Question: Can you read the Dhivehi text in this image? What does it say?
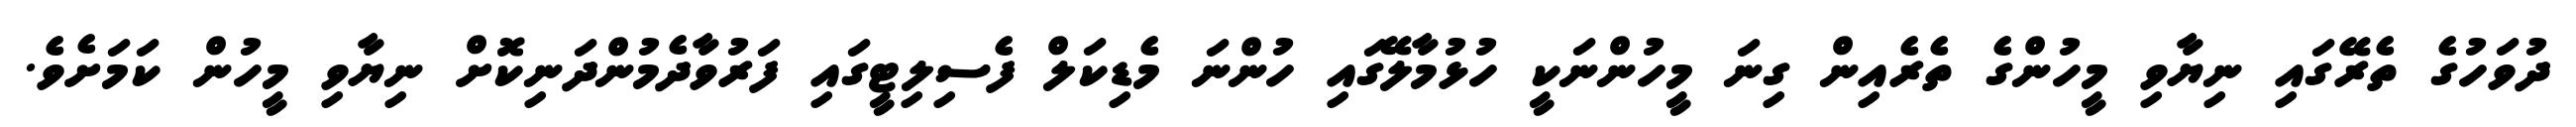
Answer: ދުވަހުގެ ތެރޭގައި ނިޔާވި މީހުންގެ ތެރެއިން ގިނަ މީހުންނަކީ ހުޅުމާލޭގައި ހުންނަ މެޑިކަލް ފެސިލިޓީގައި ފަރުވާދެމުންދަނިކޮށް ނިޔާވި މީހުން ކަމަށެވެ.